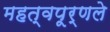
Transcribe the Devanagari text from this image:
महत्वपूर्णले